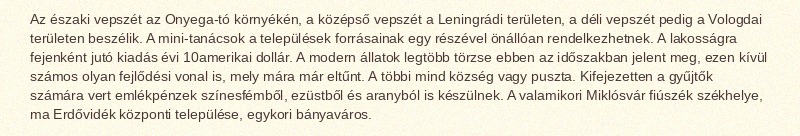
Az északi vepszét az Onyega-tó környékén, a középső vepszét a Leningrádi területen, a déli vepszét pedig a Vologdai területen beszélik. A mini-tanácsok a települések forrásainak egy részével önállóan rendelkezhetnek. A lakosságra fejenként jutó kiadás évi 10amerikai dollár. A modern állatok legtöbb törzse ebben az időszakban jelent meg, ezen kívül számos olyan fejlődési vonal is, mely mára már eltűnt. A többi mind község vagy puszta. Kifejezetten a gyűjtők számára vert emlékpénzek színesfémből, ezüstből és aranyból is készülnek. A valamikori Miklósvár fiúszék székhelye, ma Erdővidék központi települése, egykori bányaváros.